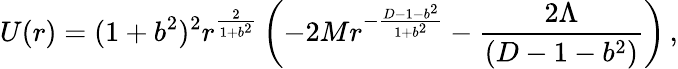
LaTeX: U(r)=(1+b^{2})^{2}r^{\frac{2}{1+b^{2}}}\left(-2Mr^{-{\frac{D-1-b^{2}}{1+b^{2}}}}-{\frac{2\Lambda}{(D-1-b^{2})}}\right)\, ,